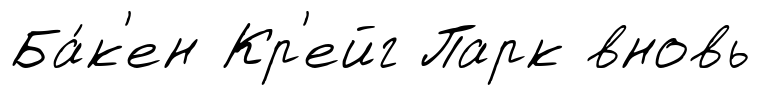
Ба́к'ен Кр'ейг Парк вновь